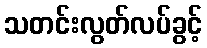
သတင်းလွတ်လပ်ခွင့်